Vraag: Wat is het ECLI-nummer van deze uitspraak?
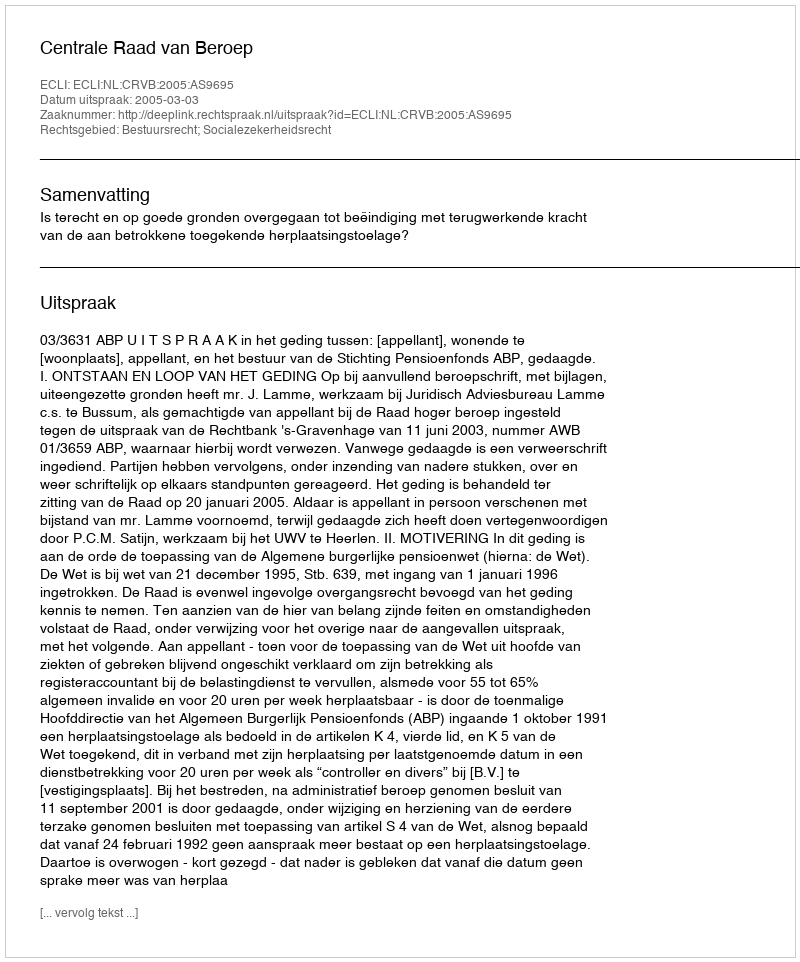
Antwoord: ECLI:NL:CRVB:2005:AS9695